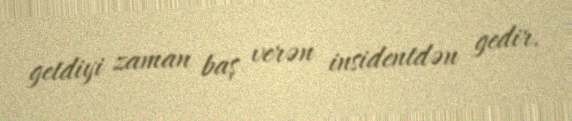
getdiyi zaman baş verən insidentdən gedir.